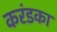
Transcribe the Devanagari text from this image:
करंडका